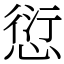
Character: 愆